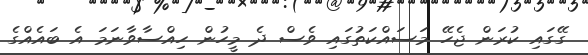
ގޭގައި ކުރަން ޖެހޭ މަސައްކަތުގައި ވެސް ދެ މީހުން ހިއްސާވާނަމަ އެ ބައެއްގެ